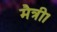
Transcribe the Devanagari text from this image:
मैत्री।